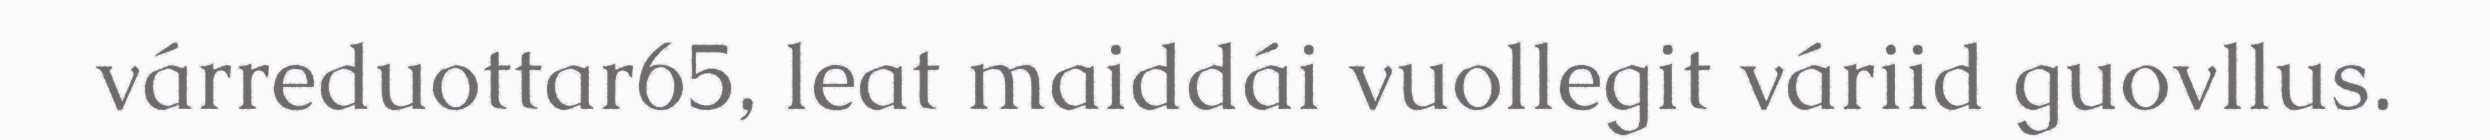
várreduottar65, leat maiddái vuollegit váriid guovllus.